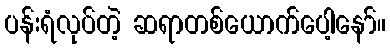
ပန်းရံလုပ်တဲ့ ဆရာတစ်ယောက်ပေါ့နော်။